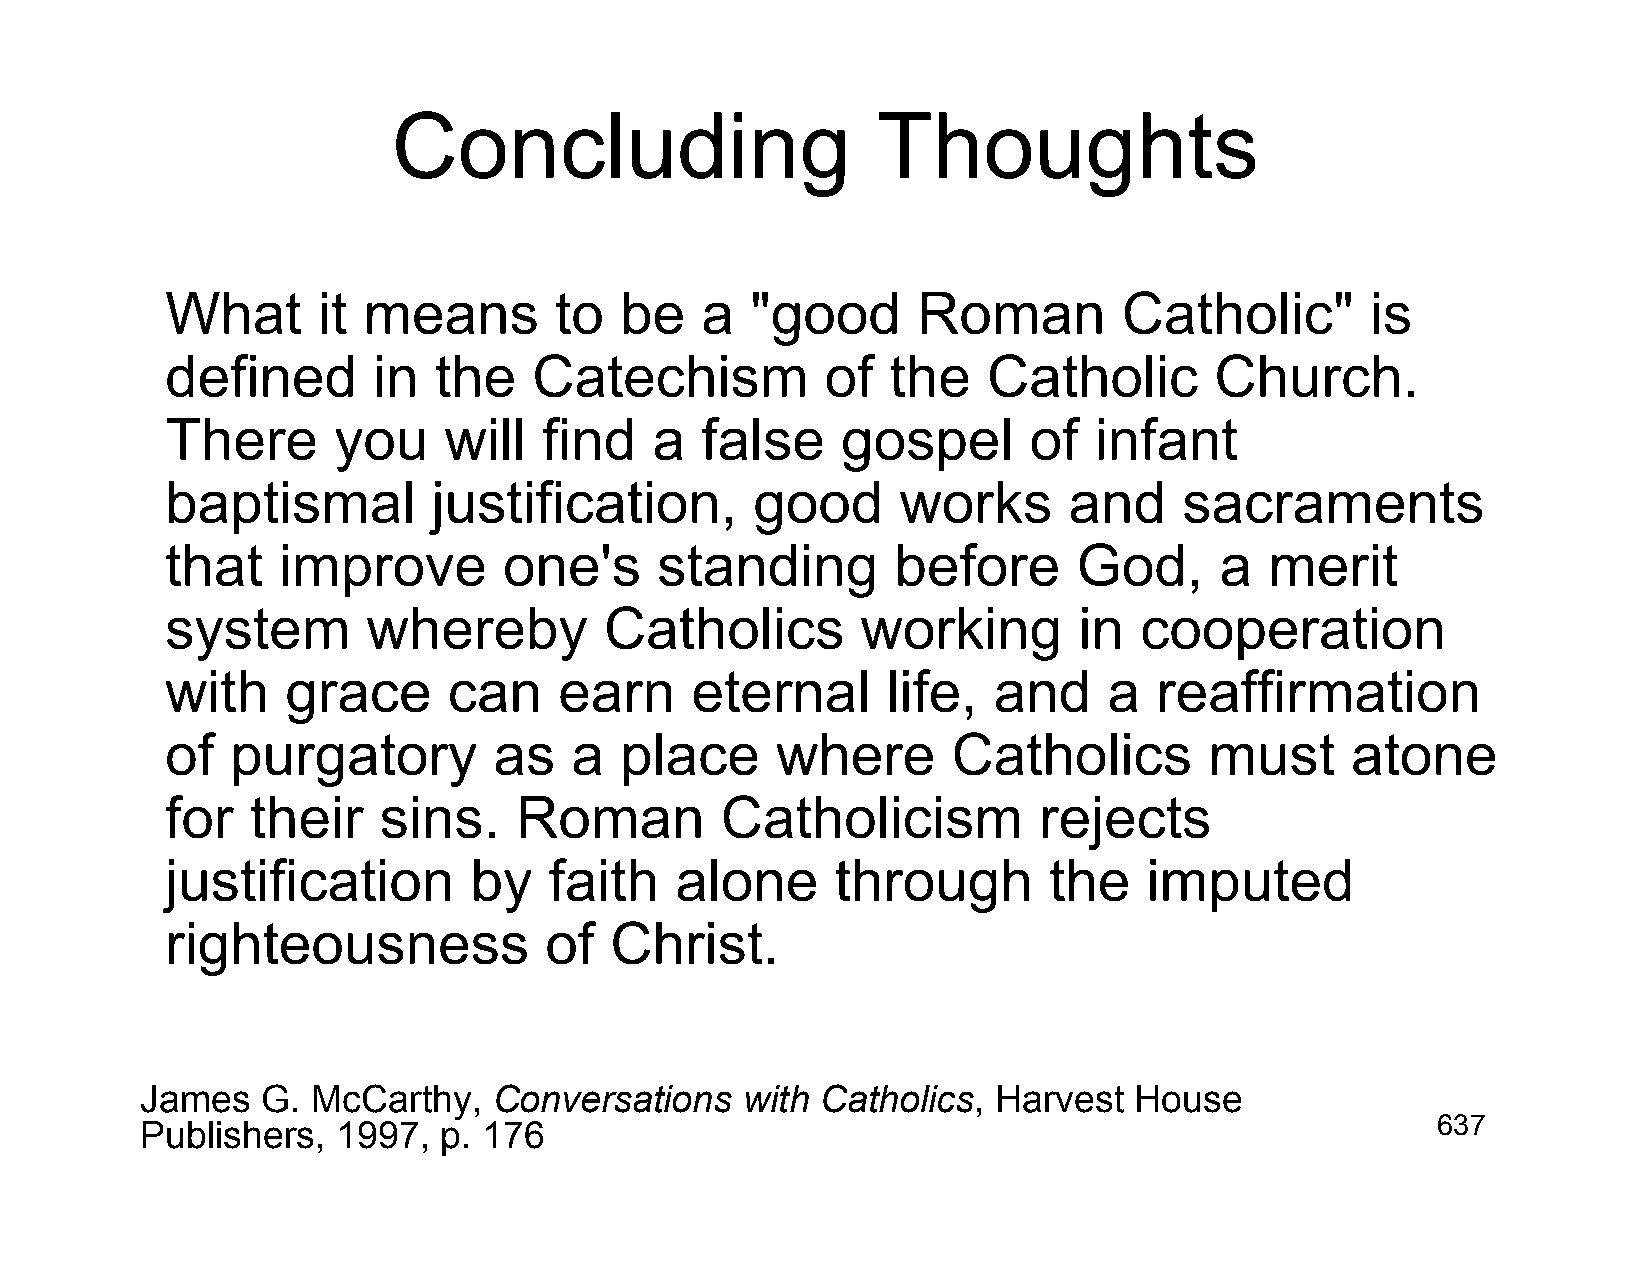
Concluding                      Thoughts
 What      it means        to  be   a   "good      Roman        Catholic"        is
 defined       in  the   Catechism           of  the   Catholic       Church.
 There      you    will   find   a  false     gospel      of  infant
 baptismal         justification,       good      works      and    sacraments
 that   improve        one's     standing        before      God,      a  merit
 system       whereby         Catholics        working       in  cooperation
 with    grace      can    earn     eternal      life,  and    a   reaffirmation
 of  purgatory         as   a  place     where       Catholics        must     atone
 for   their   sins.    Roman         Catholicism          rejects
 justification       by   faith    alone     through       the    imputed
 righteousness            of  Christ.
 James   G.  McCarthy,   Conversations   with Catholics,  Harvest  House
 Publishers,  1997,  p. 176                                                            637